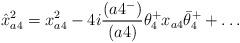
LaTeX: \begin{align*} \hat x^2_{a4} = x^2_{a4} -4i{(a4^-)\over (a4)}\theta^+_4x_{a4}\bar\theta^+_4 + \ldots\end{align*}